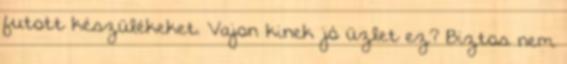
futott készülékeket. Vajon kinek jó üzlet ez? Biztos nem